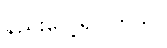
နည်းလေ့ရှိပါတယ်။